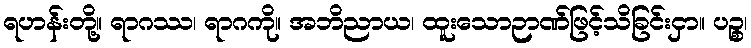
ရဟန်းတို့။ ရာဂဿ၊ ရာဂကို။ အဘိညာယ၊ ထူးသောဉာဏ်ဖြင့်သိခြင်းငှာ။ ပဉ္စ၊